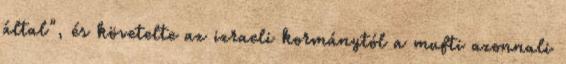
által", és követelte az izraeli kormánytól a mufti azonnali